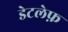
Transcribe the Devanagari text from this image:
डेटलेफ़